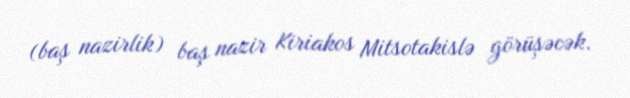
(baş nazirlik) baş nazir Kiriakos Mitsotakislə görüşəcək.